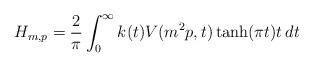
LaTeX: \begin{align*}H_{m, p} = \frac{2}{\pi} \int_0^\infty k(t) V(m^2 p, t) \tanh(\pi t) t \, d t\end{align*}